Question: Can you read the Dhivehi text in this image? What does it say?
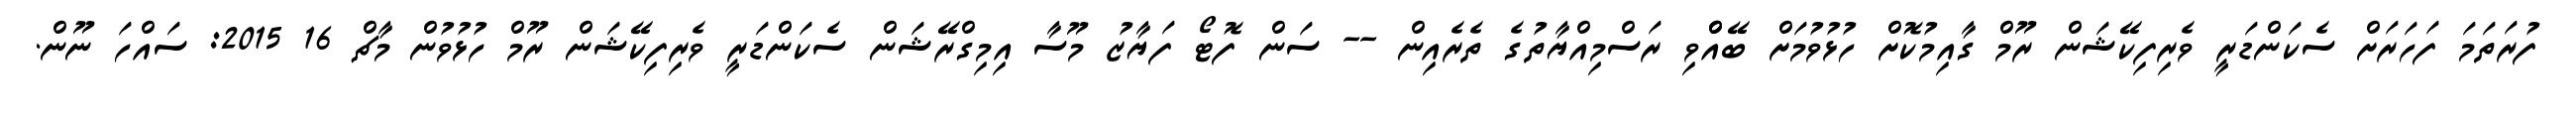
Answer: ފުރަތަމަ ފަހަރަށް ސެކަންޑަރީ ވެރިފިކޭޝަން ރޫމް ގާއިމުކޮށް ހުޅުވުމަށް ބޭއްްވި ރަސްމިއްޔާތުގެ ތެރެއިން -- ސަން ފޮޓޯ ފަޔާޒު މޫސާ އިމިގްރޭޝަން ސެކަންޑަރީ ވެރިފިކޭޝަން ރޫމް ހުޅުވުން މާޗް 16 2015: ސައްހަ ނޫން.